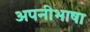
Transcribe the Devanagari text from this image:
अपनीभाषा